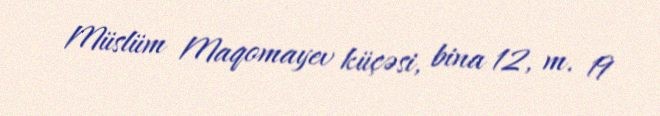
Müslüm Maqomayev küçəsi, bina 12, m. 19